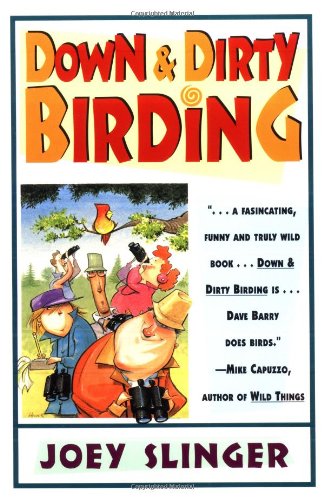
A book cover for Down and Dirty Birding: From the Sublime to the Ridiculous, Here's All the Outrageous but True Stuff You've Ever Wanted to Know About North American Birds; Joey Slinger; Humor & Entertainment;